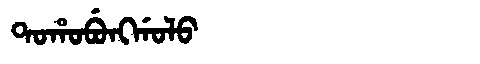
Manchu: ᡨᠣᡥᠣᠪᡠᠩᡤᠣᠯᠣ
Romanization: TOHOBUNGGOLO